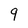
Character: q